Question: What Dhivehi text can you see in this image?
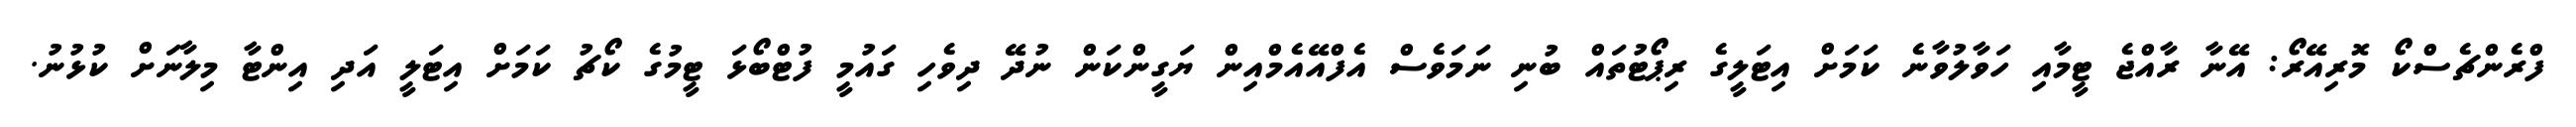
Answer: ފްރެންޗެސްކޯ މޮރިއޭރޯ: އޭނާ ރާއްޖެ ޓީމާއި ހަވާލުވާނެ ކަމަށް އިޓަލީގެ ރިޕޯޓުތައް ބުނި ނަމަވެސް އެފްއޭއެމްއިން ޔަގީންކަން ނުދޭ ދިވެހި ގައުމީ ފުޓްބޯޅަ ޓީމުގެ ކޯޗު ކަމަށް އިޓަލީ އަދި އިންޓާ މިލާނަށް ކުޅުނު.